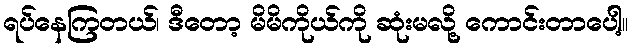
ရပ်နေကြတယ်၊ ဒီတော့ မိမိကိုယ်ကို ဆုံးမလို့ ကောင်းတာပေါ့။